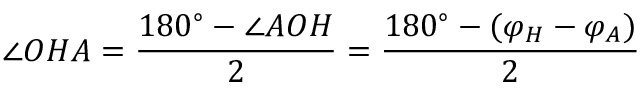
\angle O H A = { \frac { 1 8 0 ^ { \circ } - \angle A O H } { 2 } } = { \frac { 1 8 0 ^ { \circ } - ( \varphi _ { H } - \varphi _ { A } ) } { 2 } }